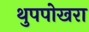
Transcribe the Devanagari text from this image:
थुपपोखरा